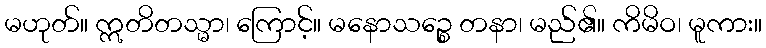
မဟုတ်။ ဣတိတသ္မာ၊ ကြောင့်။ မနောသဉ္စေ တနာ၊ မည်၏။ ကိမိဝ၊ မူကား။